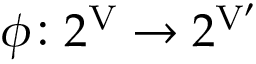
\phi \colon 2 ^ { \mathrm { V } } \rightarrow 2 ^ { \mathrm { V } ^ { \prime } }